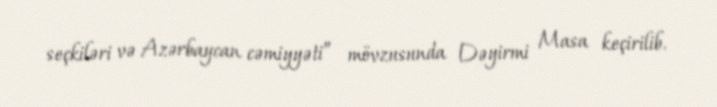
seçkiləri və Azərbaycan cəmiyyəti” mövzusunda Dəyirmi Masa keçirilib.